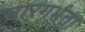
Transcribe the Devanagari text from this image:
सारगर्भता